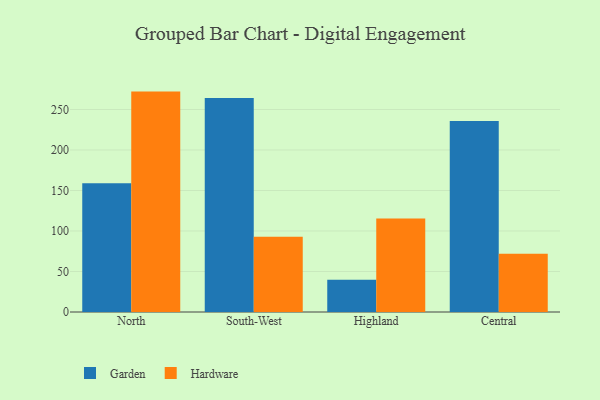
{"axis": {"x": "Region", "y": "Inventory Turnover"}, "legend": ["Garden", "Hardware"], "data": [{"x": "North", "y": 158.8, "type": "Garden"}, {"x": "North", "y": 272.1, "type": "Hardware"}, {"x": "South-West", "y": 264.2, "type": "Garden"}, {"x": "South-West", "y": 92.8, "type": "Hardware"}, {"x": "Highland", "y": 39.8, "type": "Garden"}, {"x": "Highland", "y": 115.4, "type": "Hardware"}, {"x": "Central", "y": 235.9, "type": "Garden"}, {"x": "Central", "y": 72.0, "type": "Hardware"}]}